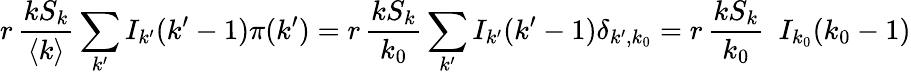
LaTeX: r\, \frac{kS_{k}}{\langle k\rangle}\sum_{k^{\prime}}I_{k^{\prime}}(k^{\prime}-1)\pi(k^{\prime})=r\, \frac{kS_{k}}{k_{0}}\sum_{k^{\prime}}I_{k^{\prime}}(k^{\prime}-1)\delta_{k^{\prime},k_{0}}=r\, \frac{kS_{k}}{k_{0}}\ \ I_{k_{0}}(k_{0}-1)